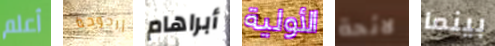
أعلم أرجوحة أبراهام الأولية لائحة بينما